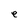
Character: e